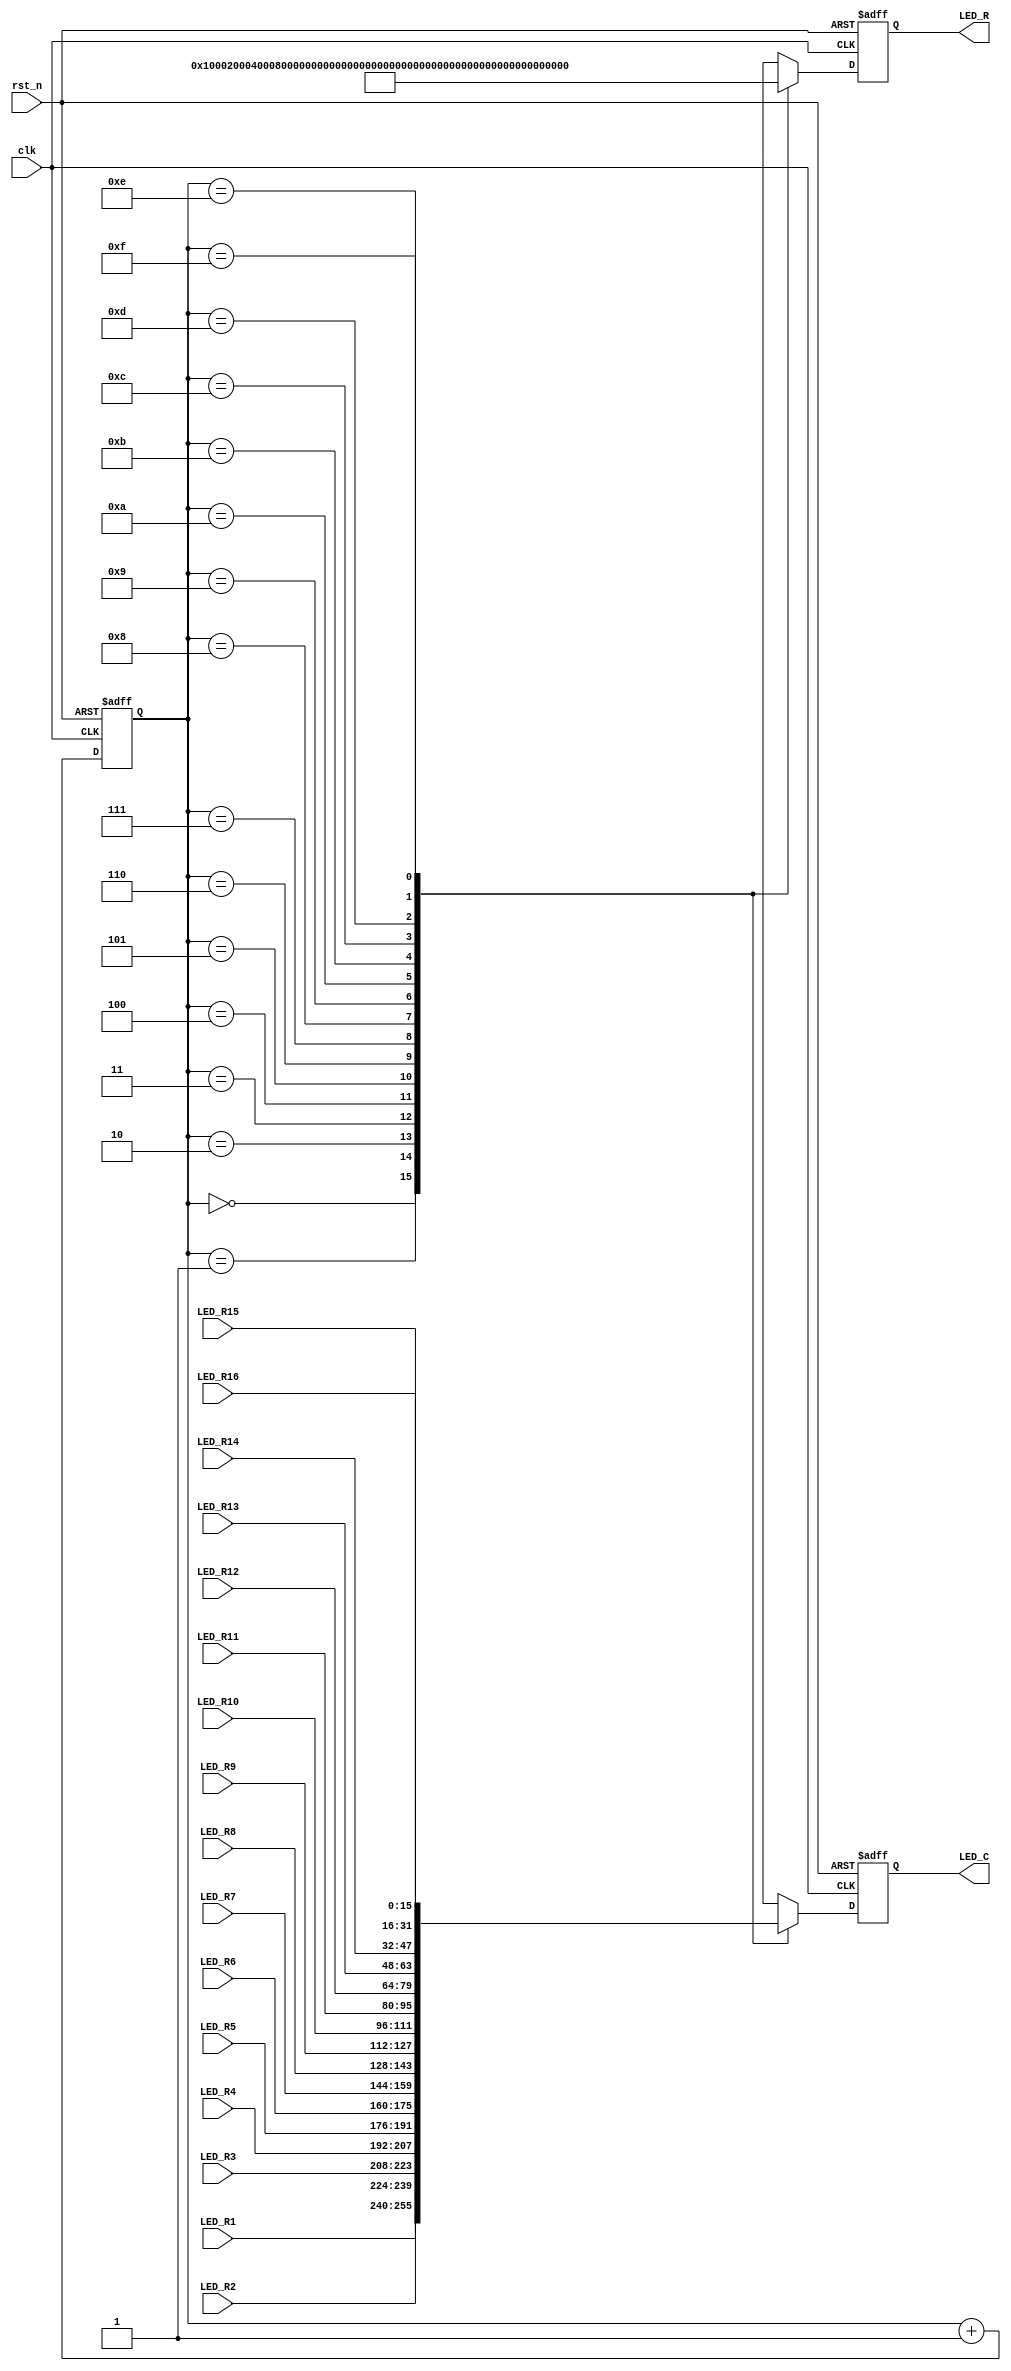

module LED_driver(// Inputs
		  clk, rst_n, LED_R1, LED_R2, LED_R3, LED_R4, LED_R5, LED_R6, LED_R7, LED_R8, LED_R9, LED_R10, LED_R11, LED_R12, LED_R13, LED_R14, LED_R15, LED_R16,
		  // Outputs
		  LED_R, LED_C
		  );

   input        clk;
   input 	rst_n;
   input [15:0] LED_R1, LED_R2, LED_R3, LED_R4,
		LED_R5, LED_R6, LED_R7, LED_R8,
		LED_R9, LED_R10, LED_R11, LED_R12,
		LED_R13, LED_R14, LED_R15, LED_R16;

   output [15:0] LED_R;
   output [15:0] LED_C;

   reg [15:0]		LED_C;
   reg [15:0]		LED_R;
   // End of automatics

   reg [3:0] 	 count;

  //  wire [15:0] 	 LED_RT [15:0];
  //  assign LED_RT[0] = LED_R1;
  //  assign LED_RT[1] = LED_R2;
  //  assign LED_RT[2] = LED_R3;
  //  assign LED_RT[3] = LED_R4;
  //  assign LED_RT[4] = LED_R5;
  //  assign LED_RT[5] = LED_R6;
  //  assign LED_RT[6] = LED_R7;
  //  assign LED_RT[7] = LED_R8;
  //  assign LED_RT[8] = LED_R9;
  //  assign LED_RT[9] = LED_R10;
  //  assign LED_RT[10] = LED_R11;
  //  assign LED_RT[11] = LED_R12;
  //  assign LED_RT[12] = LED_R13;
  //  assign LED_RT[13] = LED_R14;
  //  assign LED_RT[14] = LED_R15;
  //  assign LED_RT[15] = LED_R16;

   always @(posedge clk or negedge rst_n)
     begin
	if(!rst_n)
	  count <= 'd0;
	else
	  count <= count + 'd1;
     end

   always @(posedge clk or negedge rst_n)
     begin
	if(!rst_n)
	  begin
	     LED_R <= 'd0;
	     LED_C <= 'd0;

	  end
	else begin
	  //  LED_R <= (1<<(count));
	  //  LED_C <= LED_RT[count];
    case (count)
      4'd0: begin
        LED_R <= 16'b0000_0000_0000_0001;
        LED_C <= LED_R1;
      end
      4'd1: begin
        LED_R <= 16'b0000_0000_0000_0010;
        LED_C <= LED_R2;
      end
      4'd2: begin
        LED_R <= 16'b0000_0000_0000_0100;
        LED_C <= LED_R3;
      end
      4'd3: begin
        LED_R <= 16'b0000_0000_0000_1000;
        LED_C <= LED_R4;
      end
      4'd4: begin
        LED_R <= 16'b0000_0000_0001_0000;
        LED_C <= LED_R5;
      end
      4'd5: begin
        LED_R <= 16'b0000_0000_0010_0000;
        LED_C <= LED_R6;
      end
      4'd6: begin
        LED_R <= 16'b0000_0000_0100_0000;
        LED_C <= LED_R7;
      end
      4'd7: begin
        LED_R <= 16'b0000_0000_1000_0000;
        LED_C <= LED_R8;
      end
      4'd8: begin
        LED_R <= 16'b0000_0001_0000_0000;
        LED_C <= LED_R9;
      end
      4'd9: begin
        LED_R <= 16'b0000_0010_0000_0000;
        LED_C <= LED_R10;
      end
      4'd10: begin
        LED_R <= 16'b0000_0100_0000_0000;
        LED_C <= LED_R11;
      end
      4'd11: begin
        LED_R <= 16'b0000_1000_0000_0000;
        LED_C <= LED_R12;
      end
      4'd12: begin
        LED_R <= 16'b0001_0000_0000_0000;
        LED_C <= LED_R13;
      end
      4'd13: begin
        LED_R <= 16'b0010_0000_0000_0000;
        LED_C <= LED_R14;
      end
      4'd14: begin
        LED_R <= 16'b0100_0000_0000_0000;
        LED_C <= LED_R15;
      end
      4'd15: begin
        LED_R <= 16'b1000_0000_0000_0000;
        LED_C <= LED_R16;
      end
      default:  begin
        LED_R <= 16'b0001;
        LED_C <= 16'h0001;
      end
    endcase
	end
     end // always @ (posedge clk or negedge rst_n)

endmodule // LED_driver